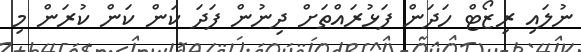
ނުލައި ރިޒޯޓް ހަދަން ފަޅުރައްތަށް ދިނުން ފަދަ ކަން ކަން ކުރަން މި